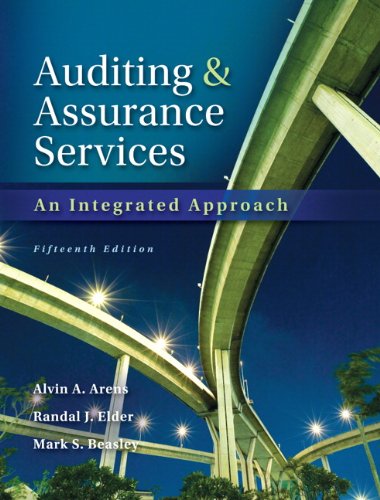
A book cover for Auditing and Assurance Services with ACL Software CD (15th Edition); Alvin A. Arens; Business & Money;